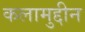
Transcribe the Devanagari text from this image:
कलामुद्दीन